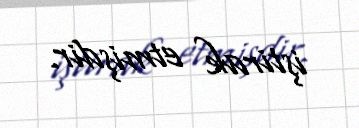
iştirak etmişdir.